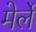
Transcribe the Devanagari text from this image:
मेर्ले